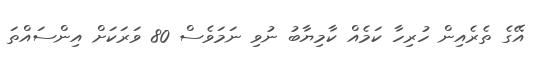
އޭގެ ތެރެއިން ހުރިހާ ކަމެއް ކާމިޔާބު ނުވި ނަމަވެސް 80 ވަރަކަށް އިންސައްތަ